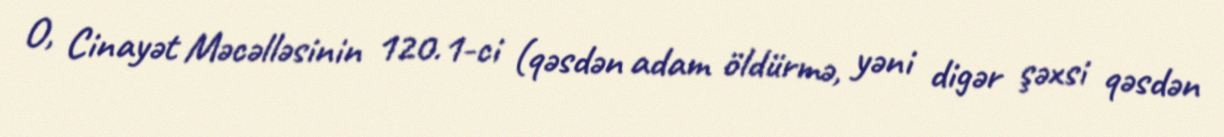
O, Cinayət Məcəlləsinin 120.1-ci (qəsdən adam öldürmə, yəni digər şəxsi qəsdən